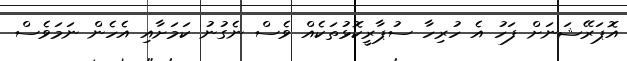
އޮޕަރޭޝަނަށް ފަހު އެ ހުރިހާ ސުޕާރީކޮޅުތަކެއް ވެސް ނެގުނު ކަމަށާއި އެހެން ނަމަވެސް